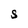
Character: S